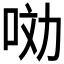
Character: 𱒣